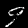
Digit: 9